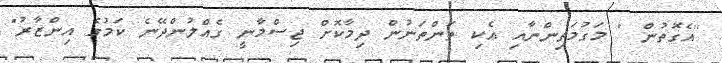
''އެގޮތުން " މަގުމަތިންނާއި އެކި ތަންތަނުން ދިމާކޮށް ޖިސްމާނީ ގެއްލުންދޭނެ ކަމުގެ އިންޒާރު"